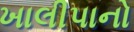
ખાલીપાનો